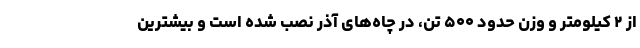
از ۲ کیلومتر و وزن حدود ۵۰۰ تن، در چاه‌های آذر نصب شده است و بیشترین